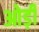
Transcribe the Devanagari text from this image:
ओड़ी